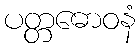
ပတ္တဓောဝနံ